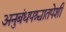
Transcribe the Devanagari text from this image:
अनुबंधपश्चातपेशी